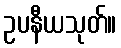
ဥပနီယသုတ်။